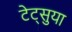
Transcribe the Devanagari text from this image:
टेट्सुया